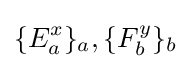
\{E_{a}^{x}\}_{a},\{F_{b}^{y}\}_{b}